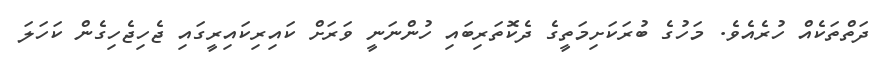
ދަތްތަކެއް ހުރެއެވެ. މަހުގެ ބުރަކަށިމަތީގެ ދެކޮތަރިބައި ހުންނަނީ ވަރަށް ކައިރިކައިރީގައި ޖެހިޖެހިގެން ކަހަލަ